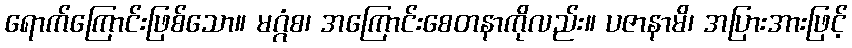
ရောက်ကြောင်းဖြစ်သော။ မဂ္ဂံစ၊ အကြောင်းစေတနာကိုလည်း။ ပဇာနာမိ၊ အပြားအားဖြင့်